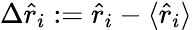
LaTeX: \Delta\hat{r}_{i}:=\hat{r}_{i}-\langle\hat{r}_{i}\rangle